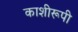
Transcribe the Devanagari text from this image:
काशीरूपी